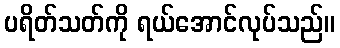
ပရိတ်သတ်ကို ရယ်အောင်လုပ်သည်။